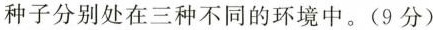
种子分别处在三种不同的环境中。(9分)